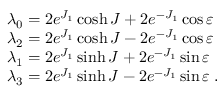
\begin{array} { l } { { \lambda _ { 0 } = 2 e ^ { J _ { 1 } } \cosh J + 2 e ^ { - J _ { 1 } } \cos \varepsilon } } \\ { { \lambda _ { 2 } = 2 e ^ { J _ { 1 } } \cosh J - 2 e ^ { - J _ { 1 } } \cos \varepsilon } } \\ { { \lambda _ { 1 } = 2 e ^ { J _ { 1 } } \sinh J + 2 e ^ { - J _ { 1 } } \sin \varepsilon } } \\ { { \lambda _ { 3 } = 2 e ^ { J _ { 1 } } \sinh J - 2 e ^ { - J _ { 1 } } \sin \varepsilon \; . } } \end{array}